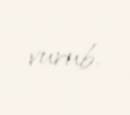
vurub.